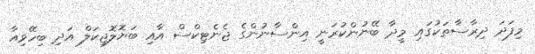
މިފަދަ ދިރާސާތަކުގައި މީދާ ބޭނުންކުރަނީ އިންސާނުންގެ ޖެނެޓިކްސް އާއި ބަޔޮލޮޖިކަލް އަދި ބިހޭވިއާ